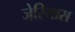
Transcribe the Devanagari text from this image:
जेरियास